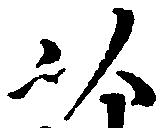
以